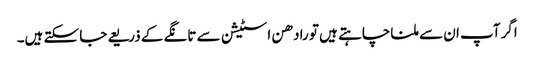
اگر آپ ان سے ملنا چاہتے ہیں تو رادھن اسٹیشن سے تانگے کے ذریعے جا سکتے ہیں۔